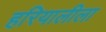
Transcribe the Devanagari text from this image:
हरियालीला